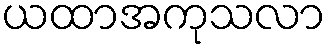
ယထာအကုသလာ